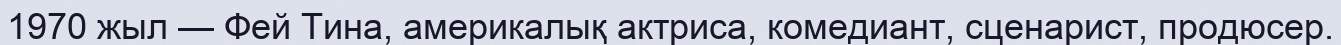
1970 жыл — Фей Тина, америкалық актриса, комедиант, сценарист, продюсер.